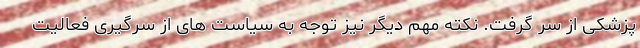
پزشکی از سر گرفت. نکته مهم دیگر نیز توجه به سیاست های از سرگیری فعالیت